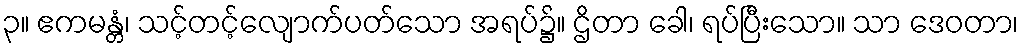
၃။ ဧကမန္တံ၊ သင့်တင့်လျောက်ပတ်သော အရပ်၌။ ဌိတာ ခေါ၊ ရပ်ပြီးသော။ သာ ဒေဝတာ၊